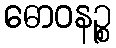
ဓောဝနဉ္စ